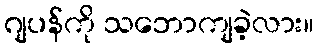
ဂျပန်ကို သဘောကျခဲ့လား။